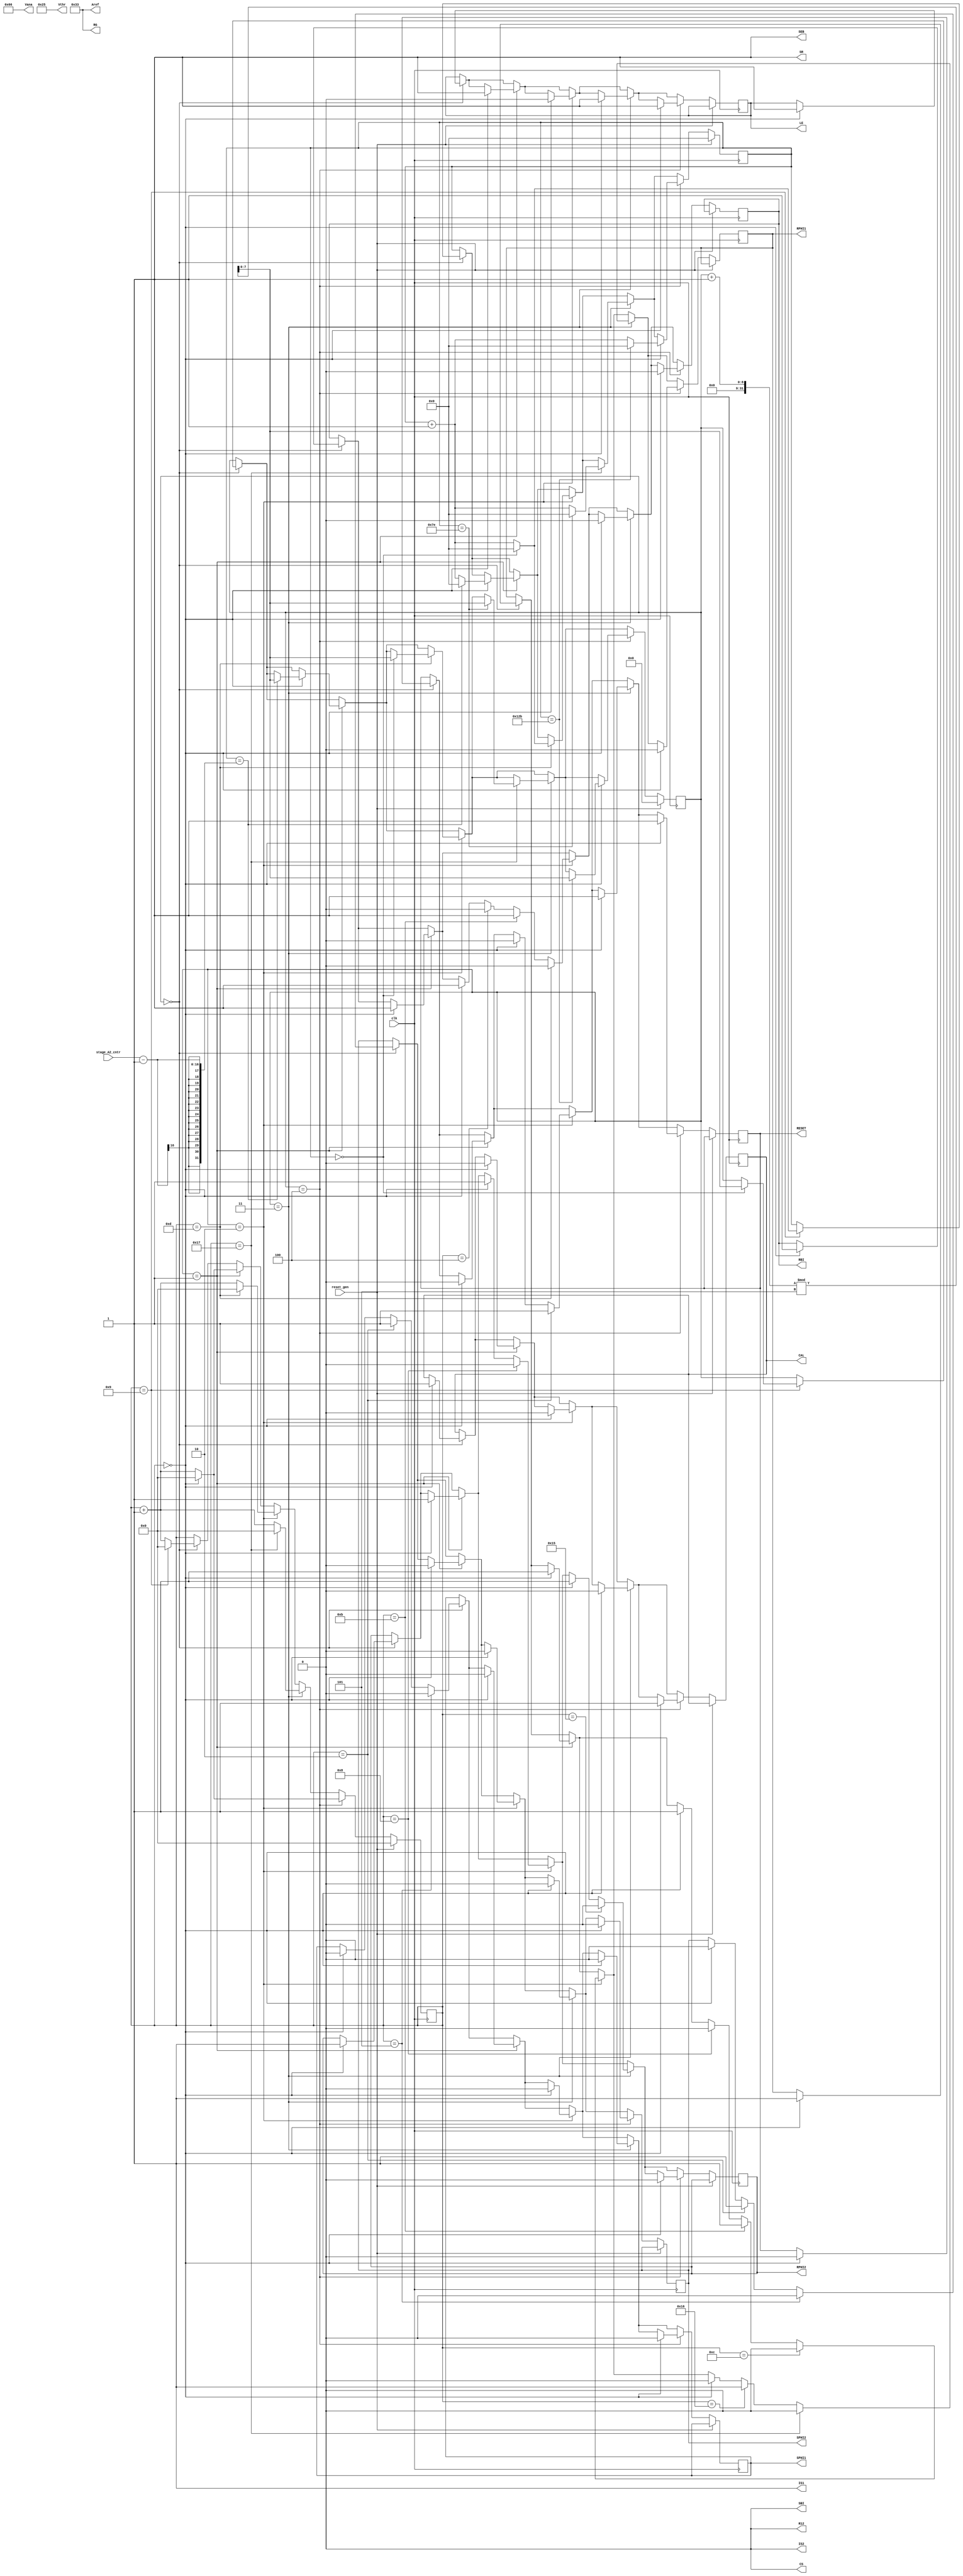
//Autogenerated on 2015-05-28 09:57:11.789647

`timescale 1 ns / 1 ps

module step_curve_short
(
  input clk,
  input [15:0]stage_A2_cntr,
  output reg CAL,
  output CS,
  output IS1,
  output IS2,
  output reg LE,
  output R12,
  output reg RBI,
  output reg RESET,
  output reg RPHI1,
  output reg RPHI2,
  output SBI,
  output SEB,
  output reg SPHI1,
  output reg SPHI2,
  output SR,
  output [15:0]Aref,
  output [15:0]RG,
  output [15:0]Vana,
  output [15:0]Vthr,
  input reset_gen
);

reg [31:0]counter;
reg [7:0]stage;
reg [15:0]stage_iter;
assign CS=0;
assign SBI=0;
assign SEB=1;
assign R12=0;
assign IS1=1;
assign IS2=0;
assign SR=1;
assign Vthr=16'H0025;
assign Aref=16'H0033;
assign Vana=16'H0066;
assign RG=16'H0033;
always @(posedge clk) begin
  if(reset_gen == 1) begin
    counter <= 0;
    stage <= 0;
    stage_iter <= 0;
  end
  else begin
    if(stage == 0) begin
      if(counter == 0) begin
        CAL <= 1;
        SPHI1 <= 0;
        SPHI2 <= 0;
        RESET <= 0;
        RBI <= 1;
        RPHI1 <= 1;
        RPHI2 <= 1;
        LE <= 1;
      end
      if(counter == 2) begin
        SPHI1 <= 1;
        SPHI2 <= 1;
      end
      if(counter == 5) begin
        SPHI1 <= 0;
        SPHI2 <= 0;
      end
      if(counter == 9) begin
        if(stage_iter == 0) begin
          stage <= (stage + 1) % 5;
          stage_iter <= 0;
        end
        else begin
          stage_iter <= stage_iter + 1;
        end
        counter <= 0;
      end
      else begin
        counter <= counter + 1;
      end
    end
    if(stage == 1) begin
      if(counter == 0) begin
        CAL <= 0;
        SPHI1 <= 0;
        SPHI2 <= 0;
        RESET <= 0;
        RBI <= 1;
        RPHI1 <= 1;
        RPHI2 <= 1;
        LE <= 1;
      end
      if(counter == 0) begin
        if(stage_iter == stage_A2_cntr-1) begin
          stage <= (stage + 1) % 5;
          stage_iter <= 0;
        end
        else begin
          stage_iter <= stage_iter + 1;
        end
        counter <= 0;
      end
      else begin
        counter <= counter + 1;
      end
    end
    if(stage == 2) begin
      if(counter == 0) begin
        CAL <= 0;
        SPHI1 <= 0;
        SPHI2 <= 0;
        RESET <= 0;
        RBI <= 1;
        RPHI1 <= 1;
        RPHI2 <= 1;
        LE <= 0;
      end
      if(counter == 2) begin
        RESET <= 1;
      end
      if(counter == 4) begin
        RBI <= 0;
      end
      if(counter == 8) begin
        RPHI1 <= 0;
        RPHI2 <= 0;
      end
      if(counter == 11) begin
        RBI <= 1;
        RPHI1 <= 1;
      end
      if(counter == 12) begin
        RPHI1 <= 0;
      end
      if(counter == 13) begin
        RBI <= 0;
      end
      if(counter == 13) begin
        if(stage_iter == 0) begin
          stage <= (stage + 1) % 5;
          stage_iter <= 0;
        end
        else begin
          stage_iter <= stage_iter + 1;
        end
        counter <= 0;
      end
      else begin
        counter <= counter + 1;
      end
    end
    if(stage == 3) begin
      if(counter == 0) begin
        CAL <= 0;
        SPHI1 <= 0;
        SPHI2 <= 0;
        RESET <= 1;
        RBI <= 0;
        RPHI1 <= 0;
        RPHI2 <= 1;
        LE <= 1;
      end
      if(counter == 21) begin
        RPHI2 <= 0;
      end
      if(counter == 22) begin
        RPHI1 <= 1;
      end
      if(counter == 23) begin
        RPHI1 <= 0;
      end
      if(counter == 23) begin
        if(stage_iter == 126) begin
          stage <= (stage + 1) % 5;
          stage_iter <= 0;
        end
        else begin
          stage_iter <= stage_iter + 1;
        end
        counter <= 0;
      end
      else begin
        counter <= counter + 1;
      end
    end
    if(stage == 4) begin
      if(counter == 0) begin
        CAL <= 1;
        SPHI1 <= 0;
        SPHI2 <= 0;
        RESET <= 1;
        RBI <= 0;
        RPHI1 <= 0;
        RPHI2 <= 0;
        LE <= 1;
      end
      if(counter == 0) begin
        if(stage_iter == 299) begin
          stage <= (stage + 1) % 5;
          stage_iter <= 0;
        end
        else begin
          stage_iter <= stage_iter + 1;
        end
        counter <= 0;
      end
      else begin
        counter <= counter + 1;
      end
    end
  end
end
endmodule